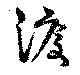
渡